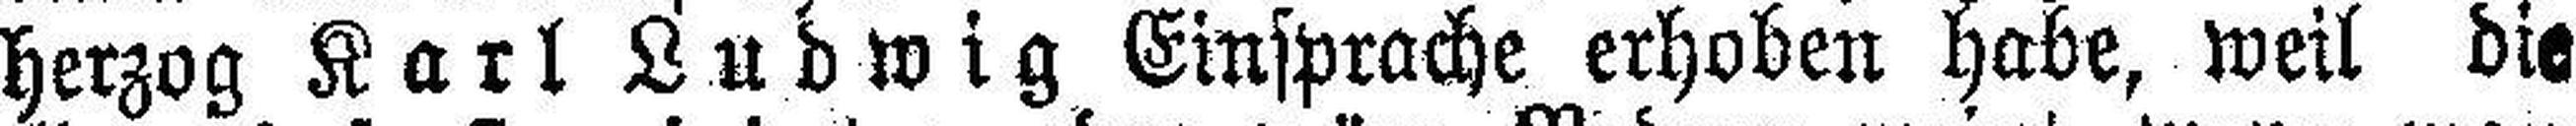
Herzog Karl Ludwig Einsprache erhoben habe, weil die